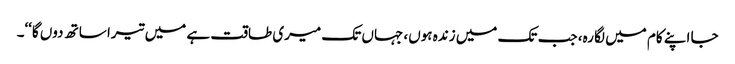
جا اپنے کام میں لگا رہ، جب تک میں زندہ ہوں، جہاں تک میری طاقت ہے میں تیرا ساتھ دوں گا‘‘۔